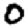
Digit: 0